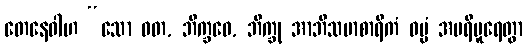
တေနေဝါဟ “သော ဝတ, ဘိက္ခဝေ, ဘိက္ခု အာဘိသမာစာရိကံ ဓမ္မံ အပရိပူရေတွာ